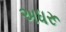
અધરૂ